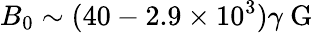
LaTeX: B_{0}\sim(40-2.9\times 10^{3})\gamma\mathrm{~G~}